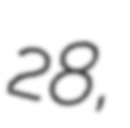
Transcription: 28,